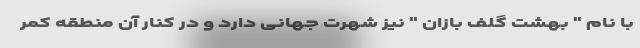
با نام " بهشت گلف بازان " نيز شهرت جهانی دارد و در کنار آن منطقه كمر